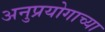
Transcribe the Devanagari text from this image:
अनुप्रयोगाच्या